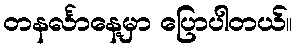
တနင်္လာနေ့မှာ ပြောပါတယ်။